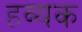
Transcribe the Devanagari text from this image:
हव्यक